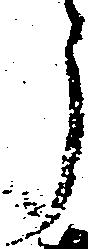
う